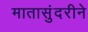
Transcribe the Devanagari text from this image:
मातासुंदरीने